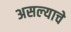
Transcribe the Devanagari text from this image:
असल्‍याचे